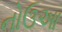
નોઉઆ